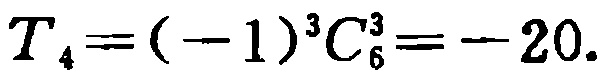
$T_{4}=(-1)^{3}C_{6}^{3}=-20.$